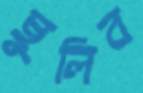
ছুলিব